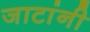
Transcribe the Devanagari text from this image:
जाटांनी